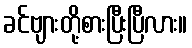
ခင်ဗျားတို့စားပြီးပြီလား။